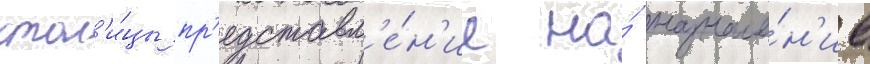
стол'и́цы пр'едставл'е́н'ие на́ назначе́н'ие